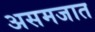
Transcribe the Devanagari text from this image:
असमजात